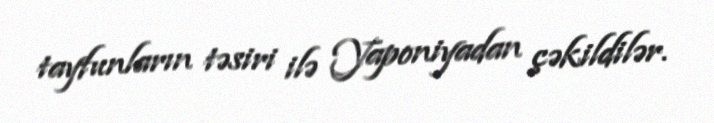
tayfunların təsiri ilə Yaponiyadan çəkildilər.